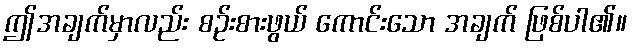
ဤအချက်မှာလည်း စဉ်းစားဖွယ် ကောင်းသော အချက် ဖြစ်ပါ၏။